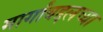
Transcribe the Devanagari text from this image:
मार्गांबद्दलच्या